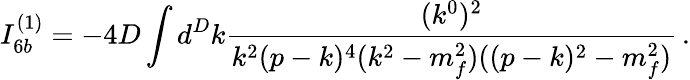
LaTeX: I_{6b}^{(1)}=-4D\int d^{D}k\frac{(k^{0})^{2}}{k^{2}(p-k)^{4}(k^{2}-m_{f}^{2})((p-k)^{2}-m_{f}^{2})}\, .